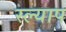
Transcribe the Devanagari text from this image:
स्ल्याप